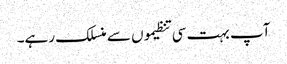
آپ بہت سی تنظیموں سے منسلک رہے۔